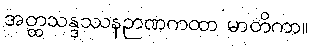
အတ္ထသန္ဒဿနဉာဏကထာ မာတိကာ။